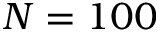
N = 1 0 0